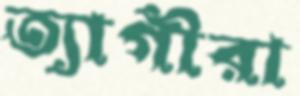
ত্যাগীরা